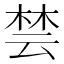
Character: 𪲡